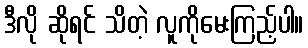
ဒီလို ဆိုရင် သိတဲ့ လူကိုမေးကြည့်ပါ။